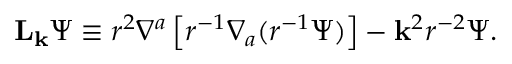
{ \bf L } _ { \bf k } \Psi \equiv r ^ { 2 } \nabla ^ { a } \left[ r ^ { - 1 } \nabla _ { a } ( r ^ { - 1 } \Psi ) \right] - { \bf k } ^ { 2 } r ^ { - 2 } \Psi .